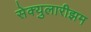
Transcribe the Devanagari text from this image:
सेक्युलारीझम